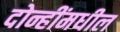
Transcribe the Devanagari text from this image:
दोन्हींमधील